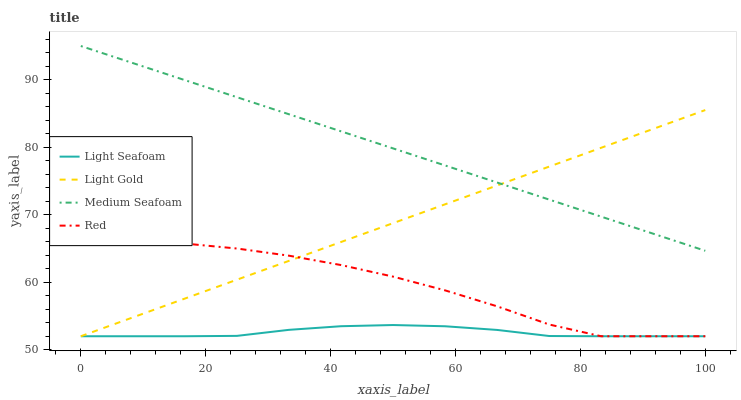
| xaxis_label | Light Seafoam | Light Gold | Medium Seafoam | Red |
 | --- | --- | --- | --- | --- |
 | 0 | 52 | 52 | 95 | 66.2 |
 | 8.33 | 52 | 54.8 | 92.5 | 66.1 |
 | 16.7 | 52 | 57.6 | 89.9 | 65.7 |
 | 25 | 52.1 | 60.4 | 87.4 | 65 |
 | 33.3 | 53 | 63.2 | 84.9 | 63.9 |
 | 41.7 | 53.5 | 66 | 82.4 | 62.5 |
 | 50 | 53.7 | 68.8 | 79.8 | 60.8 |
 | 58.3 | 53.5 | 71.5 | 77.3 | 58.8 |
 | 66.7 | 52.9 | 74.3 | 74.8 | 56.4 |
 | 75 | 52 | 77.1 | 72.2 | 53.7 |
 | 83.3 | 52 | 79.9 | 69.7 | 52 |
 | 91.7 | 52 | 82.7 | 67.2 | 52 |
 | 100 | 52 | 85.5 | 64.7 | 52 |